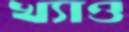
খ্যাও